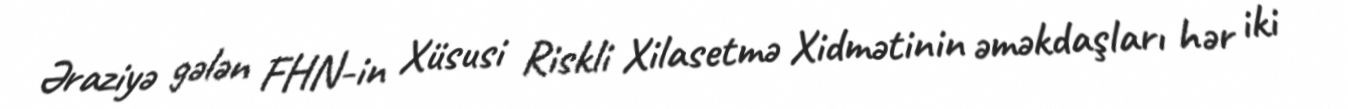
Əraziyə gələn FHN-in Xüsusi Riskli Xilasetmə Xidmətinin əməkdaşları hər iki